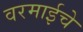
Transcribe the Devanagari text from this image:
वरमाईचे